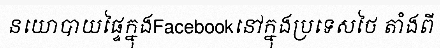
នយោបាយផ្ទៃក្នុងFacebookនៅក្នុងប្រទេសថៃ តាំងពី